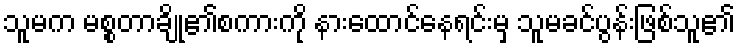
သူမက မစ္စတာချို၏စကားကို နားထောင်နေရင်းမှ သူမခင်ပွန်းဖြစ်သူ၏